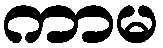
ကာမ